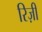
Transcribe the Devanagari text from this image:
रिज़ी